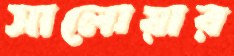
সালোয়ার